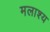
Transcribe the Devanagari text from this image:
मलाश्य